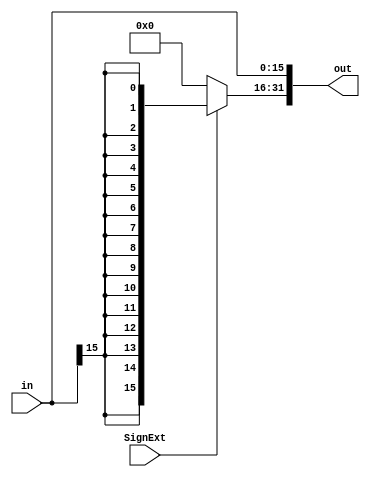
`timescale 1ns / 1ps
////////////////////////////////////////////////////////////////////////////////
// ECE369 - Computer Architecture
// 
// Module - SignExtension.v
// Description - Sign extension module.
////////////////////////////////////////////////////////////////////////////////
module SignExtension(in, out, SignExt);

    /* A 16-Bit input word */
    input [15:0] in;

    input SignExt;	// SignExt == 1, sign extend
    				// SignExt == 0, zero extend
    
    /* A 32-Bit output word */
    output [31:0] out;
    
    /* Fill in the implementation here ... */
    reg [31:0] out;
    
always @(*) begin
	if (SignExt) begin
		out[15:0] = in[15:0];
    	out[31:16] = {16{out[15]}};
	end
	else begin
		out[15:0] = in[15:0];
		out[31:16] = 'b0000000000000000;
	end
    
end
endmodule